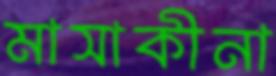
মাসাকীনা